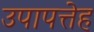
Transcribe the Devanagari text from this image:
उपापत्तेह